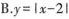
B.$$y=\left | x-2 \right |$$